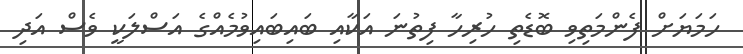
ހަމަޔަށް ފެންމަތިވި ބޮޑެތި ހުރިހާ ފިތުނަ އަކާއި ބައިބައިވުމެއްގެ އަސްލަކީ ވެސް އަދި